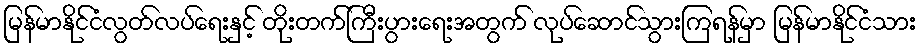
မြန်မာနိုင်ငံလွတ်လပ်ရေးနှင့် တိုးတက်ကြီးပွားရေးအတွက် လုပ်ဆောင်သွားကြရန်မှာ မြန်မာနိုင်ငံသား